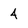
Character: 4